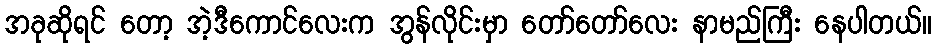
အခုဆိုရင် တော့ အဲ့ဒီကောင်လေးက အွန်လိုင်းမှာ တော်တော်လေး နာမည်ကြီး နေပါတယ်။